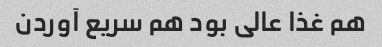
هم غذا عالی بود هم سریع آوردن